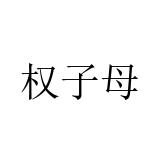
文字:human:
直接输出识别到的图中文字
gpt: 权子母